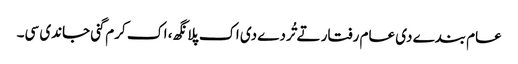
عام بندے دی عام رفتار تے تُردے دی اک پلانگھ، اک کرم گنی جاندی سی۔